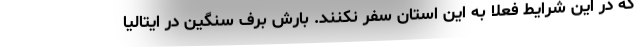
که در این شرایط فعلا به این استان سفر نکنند. بارش برف سنگين در ايتاليا